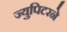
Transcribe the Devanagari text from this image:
ज्युपिटरने